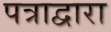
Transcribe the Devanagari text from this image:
पत्राद्वारा